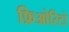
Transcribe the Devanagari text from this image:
फ़िओरिटो